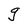
Character: g